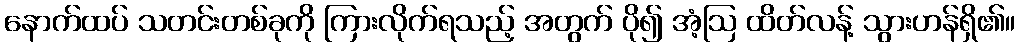
နောက်ထပ် သတင်းတစ်ခုကို ကြားလိုက်ရသည့် အတွက် ပို၍ အံ့ဩ ထိတ်လန့် သွားဟန်ရှိ၏။